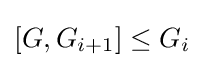
[G,G_{i+1}]\leq G_{i}